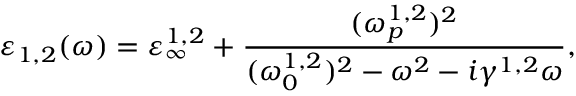
\varepsilon _ { 1 , 2 } ( \omega ) = \varepsilon _ { \infty } ^ { 1 , 2 } + \frac { ( \omega _ { p } ^ { 1 , 2 } ) ^ { 2 } } { ( \omega _ { 0 } ^ { 1 , 2 } ) ^ { 2 } - \omega ^ { 2 } - i \gamma ^ { 1 , 2 } \omega } ,